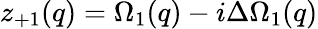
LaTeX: z_{+1}(q)=\Omega_{1}(q)-i\Delta\Omega_{1}(q)